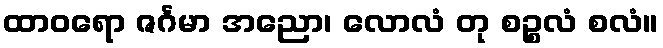
ထာဝရော ဇင်္ဂမာ အညော၊ လောလံ တု စဉ္စလံ စလံ။